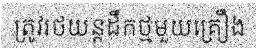
ត្រូវរថយន្តដឹកថ្មមួយគ្រឿង